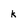
Character: k